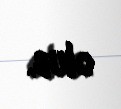
olub.